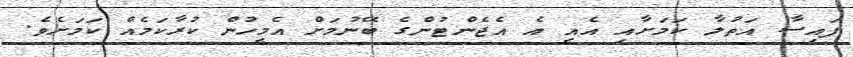
ފައިސާ އަތުލާ ކަމަށާއި އެއީ އެ އެޖެންޓުންގެ ބޭނުމަށް އެމީހުން ކުރާކަމެއް ކަމަށެވެ.